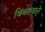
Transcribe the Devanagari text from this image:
जिंकण्याने